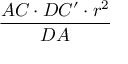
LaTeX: \frac { A C \cdot D C ^ { \prime } \cdot r ^ { 2 } } { D A }